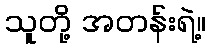
သူတို့ အတန်းရဲ့။